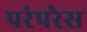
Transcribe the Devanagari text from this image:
परंपरेस